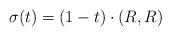
LaTeX: \begin{align*}\sigma(t)= (1-t) \cdot (R, R)\end{align*}